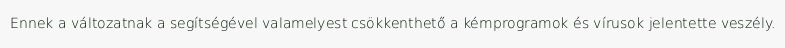
Ennek a változatnak a segítségével valamelyest csökkenthető a kémprogramok és vírusok jelentette veszély.